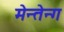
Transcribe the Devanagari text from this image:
मेन्तेन्ग